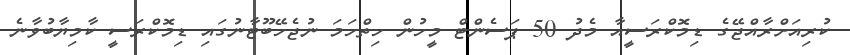
ކުރިއަށްރާއްޖޭގެ ޑިމޮކްރަސީއާ މެދު 50 ޕަސެންޓް މީހުން ހިތްހަމަ ނުޖެހޭބޫޓާނުގައި ޑިމޮކްރަސީ ކާމިޔާބުވާނެ